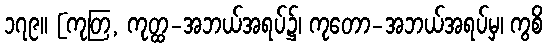
၁၇၉။ [ကုတြ, ကုတ္ထ-အဘယ်အရပ်၌၊ ကုတော-အဘယ်အရပ်မှ၊ ကွစိ